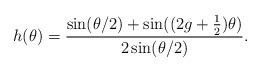
LaTeX: \begin{align*}h(\theta) = \frac{ \sin(\theta/2) + \sin ( (2g+ \frac{1}{2}) \theta)}{2 \sin (\theta/2)}. \end{align*}